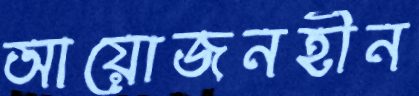
আয়োজনহীন